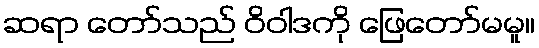
ဆရာ တော်သည် ဝိဝါဒကို ဖြေတော်မမူ။